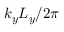
k _ { y } L _ { y } / 2 \pi